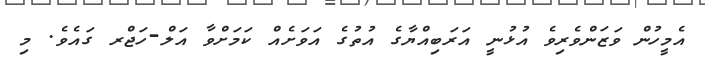
އެމީހުން ވަޒަންވެރިވެ އުޅުނީ އަރަބިއްޔާގެ އުތުގެ އަވަށެއް ކަމަށްވާ އަލް-ހަޖްރ ގައެވެ. މި